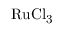
\mathrm { R u C l _ { 3 } }